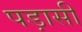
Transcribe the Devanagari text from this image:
पड़ासी